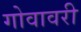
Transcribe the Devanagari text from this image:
गोवावरी